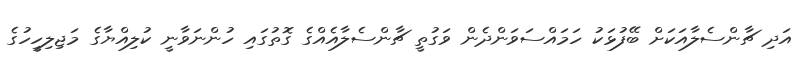
އަދި ޗާންސެލާއަކަށް ބޭފުޅަކު ހަމައްސަވަންދެން ވަގުތީ ޗާންސެލާއެއްގެ ގޮތުގައި ހުންނަވާނީ ކުލިއްޔާގެ މަޖިލިހީހުގެ